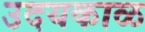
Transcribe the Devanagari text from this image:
उदयकाळ